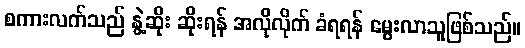
စကားလက်သည် နွဲ့ဆိုး ဆိုးရန် အလိုလိုက် ခံရရန် မွေးလာသူဖြစ်သည်။